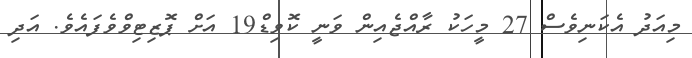
މިއަދު އެކަނިވެސް 27 މީހަކު ރާއްޖެއިން ވަނީ ކޮވިޑް19 އަށް ޕޮޒިޓިވްވެފައެވެ. އަދި